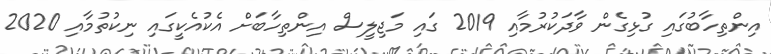
އިންތިހާބުގައި ގުޅިގެން ވާދަކުރުމާއި 2019 ގައި މަޖިލީސް އިންތިހާބަށް އެކުއެކީގައި ނިކުތުމާއި 2020